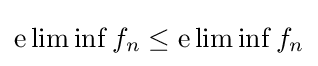
\mathop {\mathrm {e} \liminf } f_{n}\leq \mathop {\mathrm {e} \liminf } f_{n}